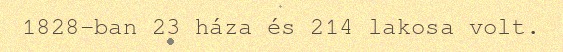
1828-ban 23 háza és 214 lakosa volt.